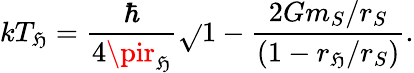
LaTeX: kT_{\mathfrak{H}}={\frac{{\hbar}}{{4\pir_{\mathfrak{H}}}}}\sqrt{}{{1-{\frac{{2Gm_{S}/r_{S}}}{{(1-r_{\mathfrak{H}}/r_{S})}}}}}.